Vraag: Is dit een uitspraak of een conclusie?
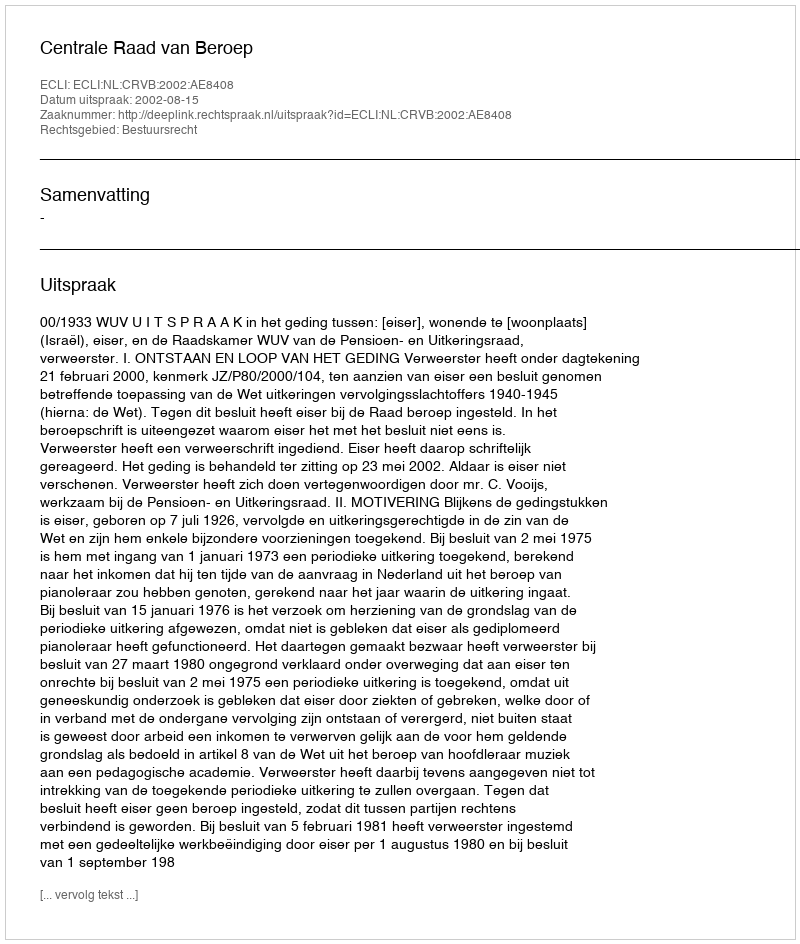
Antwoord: Uitspraak